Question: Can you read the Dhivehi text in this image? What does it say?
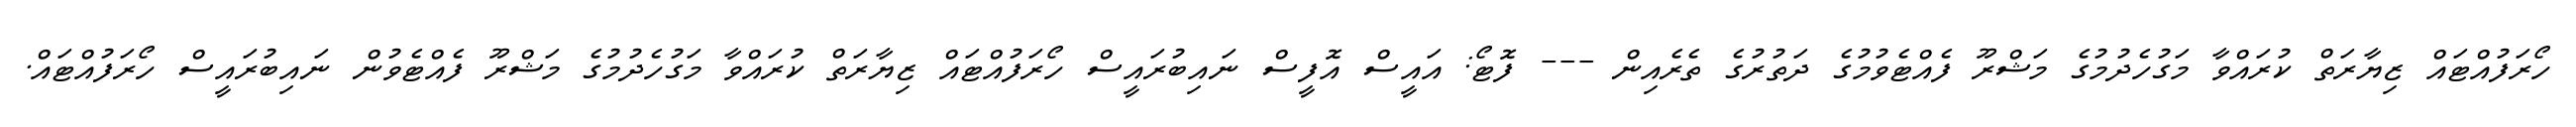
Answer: ހޯރަފުއްޓައް ޒިޔާރަތް ކުރައްވާ މަގުހެދުމުގެ މަޝްރޫ ފެއްޓެވުމުގެ ދަތުރުގެ ތެރެއިން --- ފޮޓޯ: އައީސް އޮފީސް ނައިބުރައީސް ހޯރަފުއްޓައް ޒިޔާރަތް ކުރައްވާ މަގުހެދުމުގެ މަޝްރޫ ފެއްޓެވުން ނައިބުރައީސް ހޯރަފުއްޓައް.